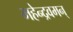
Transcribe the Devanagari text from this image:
महेन्द्रवमन्